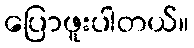
ပြောဖူးပါတယ်။